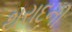
થરાદની